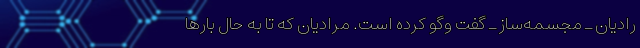
رادیان ـ مجسمه‌ساز ـ گفت وگو کرده است. مرادیان که تا به حال بارها